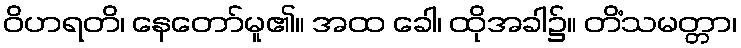
ဝိဟရတိ၊ နေတော်မူ၏။ အထ ခေါ၊ ထိုအခါ၌။ တိံသမတ္တာ၊